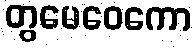
တွမေဝေကော